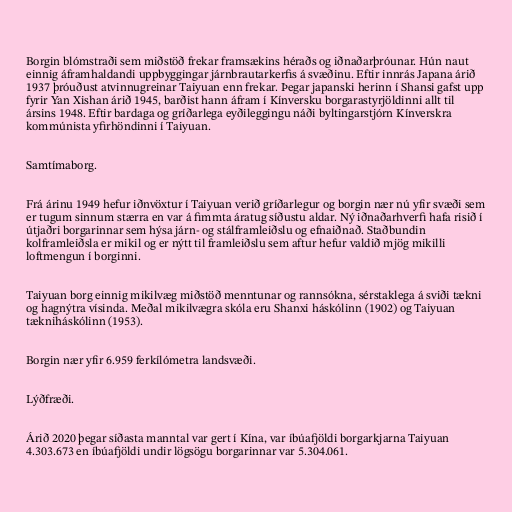
Borgin blómstraði sem miðstöð frekar framsækins héraðs og iðnaðarþróunar. Hún naut
einnig áframhaldandi uppbyggingar járnbrautarkerfis á svæðinu. Eftir innrás Japana árið
1937 þróuðust atvinnugreinar Taiyuan enn frekar. Þegar japanski herinn í Shansi gafst upp
fyrir Yan Xishan árið 1945, barðist hann áfram í Kínversku borgarastyrjöldinni allt til
ársins 1948. Eftir bardaga og gríðarlega eyðileggingu náði byltingarstjórn Kínverskra
kommúnista yfirhöndinni í Taiyuan.

Samtímaborg.

Frá árinu 1949 hefur iðnvöxtur í Taiyuan verið gríðarlegur og borgin nær nú yfir svæði sem
er tugum sinnum stærra en var á fimmta áratug síðustu aldar. Ný iðnaðarhverfi hafa risið í
útjaðri borgarinnar sem hýsa járn- og stálframleiðslu og efnaiðnað. Staðbundin
kolframleiðsla er mikil og er nýtt til framleiðslu sem aftur hefur valdið mjög mikilli
loftmengun í borginni.

Taiyuan borg einnig mikilvæg miðstöð menntunar og rannsókna, sérstaklega á sviði tækni
og hagnýtra vísinda. Meðal mikilvægra skóla eru Shanxi háskólinn (1902) og Taiyuan
tækniháskólinn (1953).

Borgin nær yfir 6.959 ferkílómetra landsvæði.

Lýðfræði.

Árið 2020 þegar síðasta manntal var gert í Kína, var íbúafjöldi borgarkjarna Taiyuan
4.303.673 en íbúafjöldi undir lögsögu borgarinnar var 5.304.061.